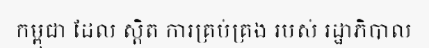
កម្ពុជា ដែល ស្តិត ការគ្រប់គ្រង របស់ រដ្ឋាភិបាល